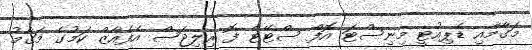
މަގާމާއި ޑެޕިއުޓީ މިނިސްޓަ އޮފް ސްޓޭޓް ފޮ ރިލިޖަސް އެފެއާޒް ކަމުގެ މަގާމު